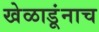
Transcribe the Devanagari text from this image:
खेळाडूंनाच